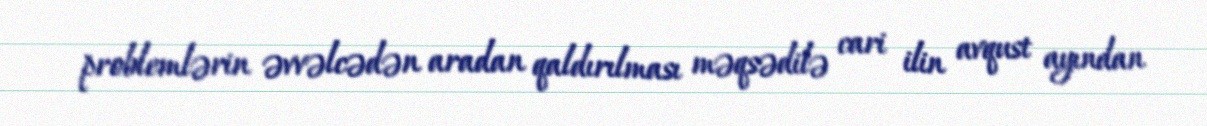
problemlərin əvvəlcədən aradan qaldırılması məqsədilə cari ilin avqust ayından